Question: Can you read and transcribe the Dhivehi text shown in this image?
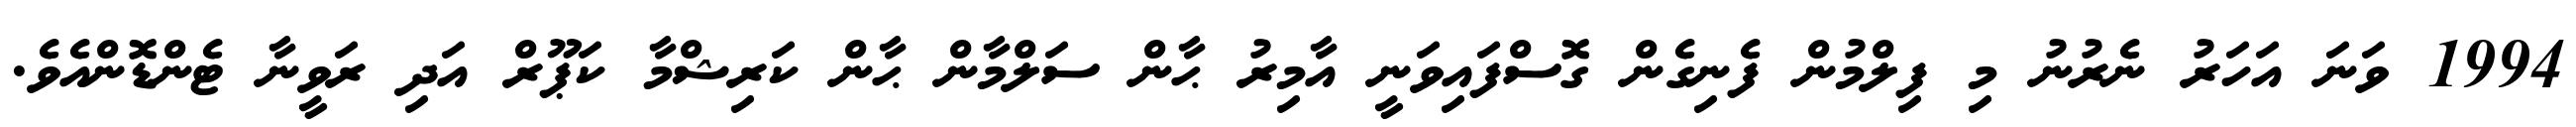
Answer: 1994 ވަނަ އަހަރު ނެރުނު މި ފިލްމުން ފެނިގެން ގޮސްފައިވަނީ އާމިރު ޙާން ސަލްމާން ޙާން ކަރިޝްމާ ކަޕޫރް އަދި ރަވީނާ ޓެންޑޮންއެވެ.